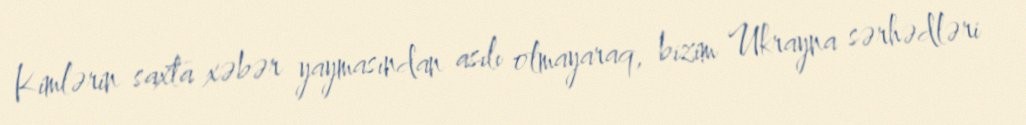
Kimlərin saxta xəbər yaymasından asılı olmayaraq, bizim Ukrayna sərhədləri